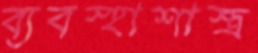
ব্যবস্হাশাস্ত্র